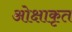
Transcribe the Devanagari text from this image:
ओक्षाकृत